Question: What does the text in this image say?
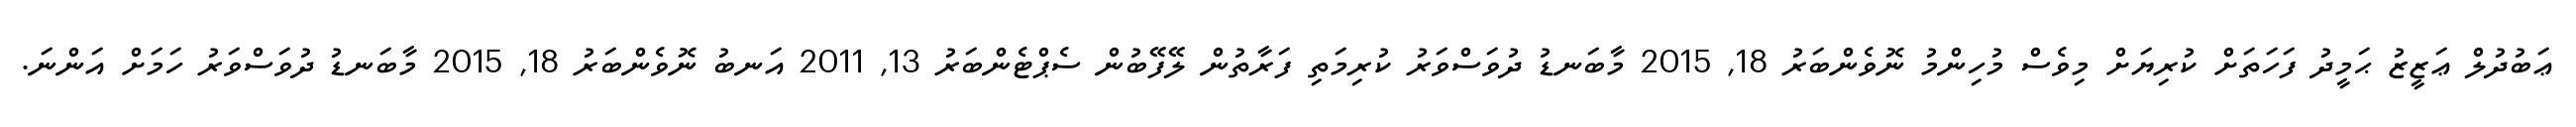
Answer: ޢަބުދުލް ޢަޒީޒު ޙަމީދު ފަހަތަށް ކުރިޔަށް މިވެސް މުހިންމު ނޮވެންބަރު 18, 2015 މާބަނޑު ދުވަސްވަރު ކުރިމަތި ފަރާތުން ލޭފޭބުން ސެޕްޓެންބަރު 13, 2011 އަނބު ނޮވެންބަރު 18, 2015 މާބަނޑު ދުވަސްވަރު ހަމަށް އަންނަ.